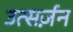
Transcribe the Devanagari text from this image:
उत्सर्ज़न